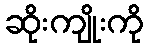
ဆိုးကျိုးကို